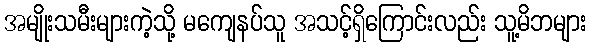
အမျိုးသမီးများကဲ့သို့ မကျေနပ်သူ အသင့်ရှိကြောင်းလည်း သူ့မိဘများ